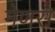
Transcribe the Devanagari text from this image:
मेणसे